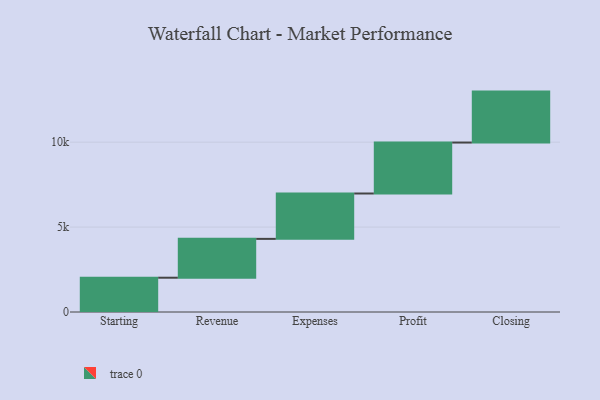
{"axis": {"x": "Step", "y": "Value"}, "legend": [""], "data": [{"x": "Starting", "y": 2019.0, "type": ""}, {"x": "Revenue", "y": 2287.0, "type": ""}, {"x": "Expenses", "y": 2671.0, "type": ""}, {"x": "Profit", "y": 3000, "type": ""}, {"x": "Closing", "y": 3000, "type": ""}]}